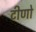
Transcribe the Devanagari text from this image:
टीणो